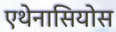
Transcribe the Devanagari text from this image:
एथेनासियोस